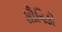
સૌનિકો